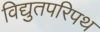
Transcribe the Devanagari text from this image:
विद्युतपरिपथ